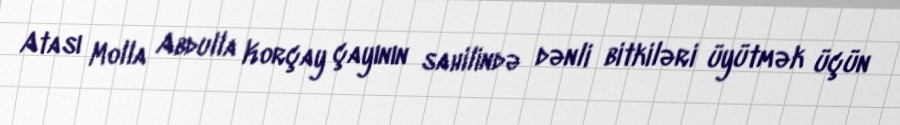
Atası Molla Abdulla Korçay çayının sahilində dənli bitkiləri üyütmək üçün